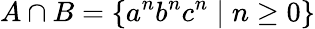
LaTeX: A\cap B=\{ a^{n}b^{n}c^{n}\mid n\geq 0\}